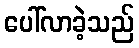
ပေါ်လာခဲ့သည်